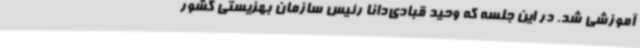
آموزشی شد. در این جلسه که وحید قبادی‌دانا رئیس سازمان بهزیستی کشور